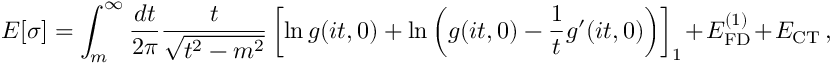
E [ \sigma ] = \int _ { m } ^ { \infty } \frac { d t } { 2 \pi } \frac { t } { \sqrt { t ^ { 2 } - m ^ { 2 } } } \left[ \ln g ( i t , 0 ) + \ln \left( g ( i t , 0 ) - \frac { 1 } { t } g ^ { \prime } ( i t , 0 ) \right) \right] _ { 1 } + E _ { \mathrm { F D } } ^ { ( 1 ) } + E _ { \mathrm { C T } } \, ,